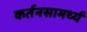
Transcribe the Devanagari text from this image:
कर्तनसामर्थ्य